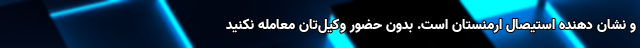
و نشان دهنده استیصال ارمنستان است. بدون حضور وکیل‌تان معامله نکنید